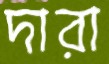
দারা